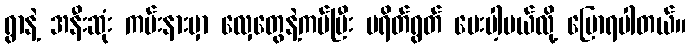
ရွာနဲ့ အနီးဆုံး ကမ်းနားမှာ လှေတွေနဲ့ကပ်ပြီး ပရိတ်ရွတ် ပေးပါ့မယ်လို့ ပြောရပါတယ်။